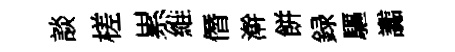
談槎累維僭澣餅録驅讟